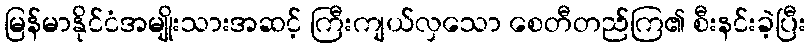
မြန်မာနိုင်ငံအမျိုးသားအဆင့် ကြီးကျယ်လှသော စေတီတည်ကြ၏ စီးနင်းခဲ့ပြီး